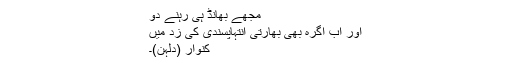
مجھے بھانڈ ہی رہنے دو
اور اب آگرہ بھی بھارتی انتہاپسندی کی زد میں
کنوار (دلہن)۔